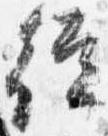
従